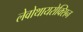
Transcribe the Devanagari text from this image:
लेवोथायरोक्सिन